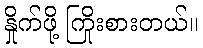
နှိုက်ဖို့ ကြိုးစားတယ်။